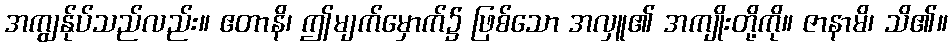
အကျွန်ုပ်သည်လည်း။ ဧတာနိ၊ ဤမျက်မှောက်၌ ဖြစ်သော အလှူ၏ အကျိုးတို့ကို။ ဇာနာမိ၊ သိ၏။